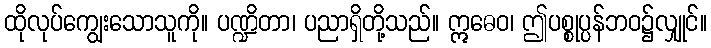
ထိုလုပ်ကျွေးသောသူကို။ ပဏ္ဍိတာ၊ ပညာရှိတို့သည်။ ဣဓေဝ၊ ဤပစ္စုပ္ပန်ဘဝ၌လျှုင်။